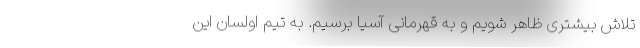
تلاش بیشتری ظاهر شویم و به قهرمانی آسیا برسیم. به تیم اولسان این